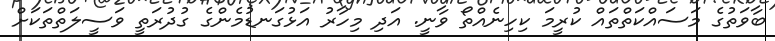
ބާވަތުގެ މަސައްކަތްތައް ކުރީމަ ކިހިނެއްތޯ ވާނީ. އަދި މިހާރު އަޅުގަނޑުމެންގެ ގުދުރަތީ ވަސީލަތްތަކަށް